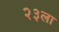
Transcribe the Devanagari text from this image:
२३ला